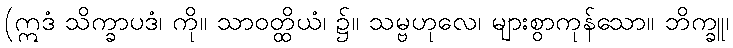
(ဣဒံ သိက္ခာပဒံ၊ ကို။ သာဝတ္ထိယံ၊ ၌။ သမ္ဗဟုလေ၊ များစွာကုန်သော။ ဘိက္ခူ၊